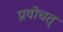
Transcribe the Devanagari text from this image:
प्रवोचत्